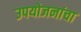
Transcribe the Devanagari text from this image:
उपयोजनांचा